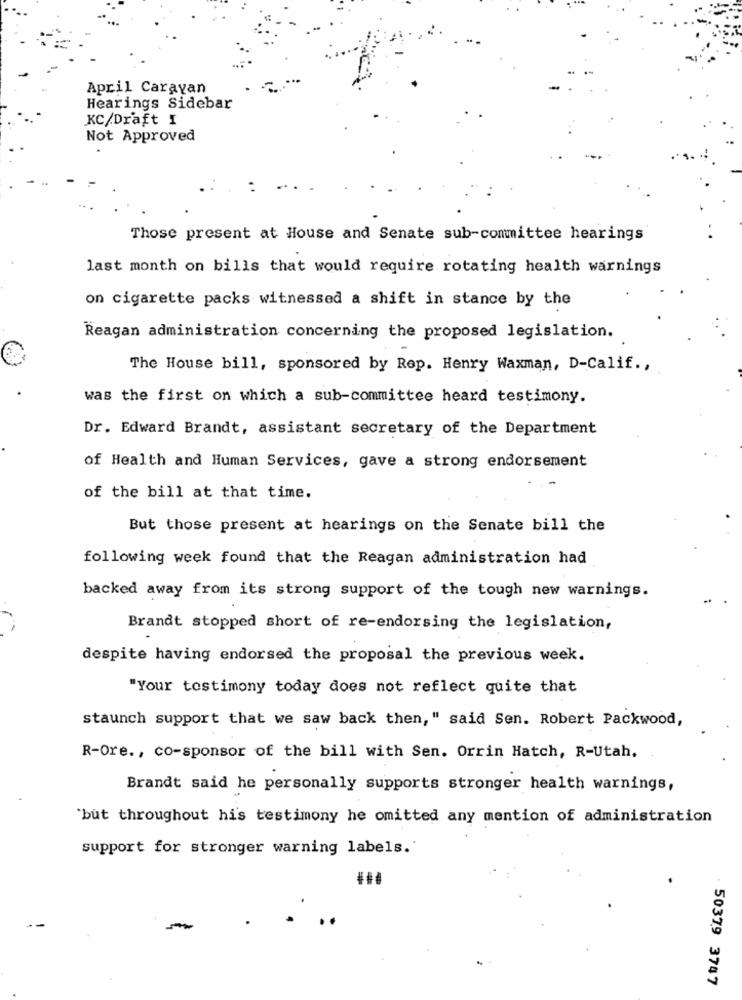
April Caravan
Hearings Sidebar
KC/Draft I
Not Approved
Those present at House and Senate sub-committee hearings
last month on bills that would require rotating health warnings
on cigarette packs witnessed a shift in stance by the
Reagan administration concerning the proposed legislation.
The House bill, sponsored by Rep. Henry Waxman, D-Calif .,
was the first on which a sub-committee heard testimony.
Dr. Edward Brandt, assistant secretary of the Department
of Health and Human Services, gave a strong endorsement
of the bill at that time.
But those present at hearings on the Senate bill the
following week found that the Reagan administration had
backed away from its strong support of the tough new warnings.
Brandt stopped short of re-endorsing the legislation,
despite having endorsed the proposal the previous week.
"Your testimony today does not reflect quite that
staunch support that we saw back then," said Sen. Robert Packwood,
R-Ore ., co-sponsor of the bill with Sen. Orrin Hatch, R-Utah,
Brandt said he personally supports stronger health warnings,
`but throughout hi's testimony he omitted any mention of administration
support for stronger warning labels.'
50379 3747